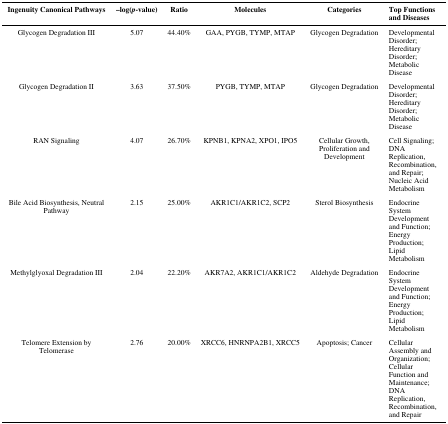
<table><thead><tr><td><b>Ingenuity Canonical Pathways</b></td><td><b>–log(<i>p</i>-value)</b></td><td><b>Ratio</b></td><td><b>Molecules</b></td><td><b>Categories</b></td><td><b>Top Functions and Diseases</b></td></tr></thead><tbody><tr><td>Glycogen Degradation III</td><td>5.07</td><td>44.40%</td><td>GAA, PYGB, TYMP, MTAP</td><td>Glycogen Degradation</td><td>Developmental Disorder; Hereditary Disorder; Metabolic Disease</td></tr><tr><td>Glycogen Degradation II</td><td>3.63</td><td>37.50%</td><td>PYGB, TYMP, MTAP</td><td>Glycogen Degradation</td><td>Developmental Disorder; Hereditary Disorder; Metabolic Disease</td></tr><tr><td>RAN Signaling</td><td>4.07</td><td>26.70%</td><td>KPNB1, KPNA2, XPO1, IPO5</td><td>Cellular Growth, Proliferation and Development</td><td>Cell Signaling; DNA Replication, Recombination, and Repair; Nucleic Acid Metabolism</td></tr><tr><td>Bile Acid Biosynthesis, Neutral Pathway</td><td>2.15</td><td>25.00%</td><td>AKR1C1/AKR1C2, SCP2</td><td>Sterol Biosynthesis</td><td>Endocrine System Development and Function; Energy Production; Lipid Metabolism</td></tr><tr><td>Methylglyoxal Degradation III</td><td>2.04</td><td>22.20%</td><td>AKR7A2, AKR1C1/AKR1C2</td><td>Aldehyde Degradation</td><td>Endocrine System Development and Function; Energy Production; Lipid Metabolism</td></tr><tr><td>Telomere Extension by Telomerase</td><td>2.76</td><td>20.00%</td><td>XRCC6, HNRNPA2B1, XRCC5</td><td>Apoptosis; Cancer</td><td>Cellular Assembly and Organization; Cellular Function and Maintenance; DNA Replication, Recombination, and Repair</td></tr></tbody></table>